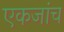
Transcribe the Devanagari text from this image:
एकजांच